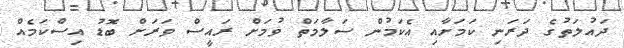
ދައުލަތުގެ ދަރަނި ކަމަށާއި އެކަމުން ސަލާމަތް ވުމަށް ރައީސް ވަރަށް ބޮޑު އިސްކަމެއް